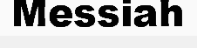
Messiah